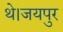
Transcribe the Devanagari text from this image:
थे।जयपुर